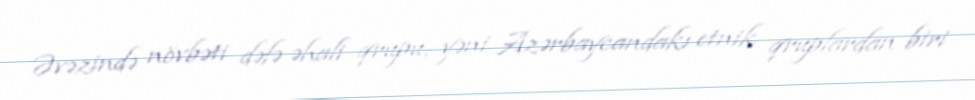
Əvəzində növbəti dəfə əhali qrupu, yəni Azərbaycandakı etnik qruplardan biri